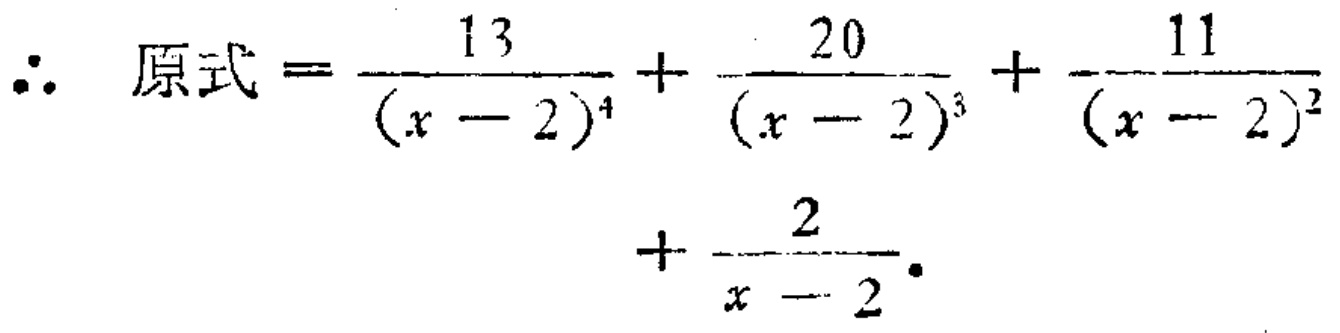
\(\therefore \text{原式} = \frac{13}{(x - 2)^4} + \frac{20}{(x - 2)^3} + \frac{-11}{(x - 2)^2}+ \frac{2}{x - 2}\)